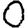
Digit: 0